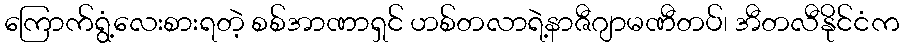
ကြောက်ရွံ့လေးစားရတဲ့ စစ်အာဏာရှင် ဟစ်တလာရဲ့နာဇီဂျာမဏီတပ်၊ အီတလီနိုင်ငံက